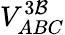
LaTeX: V_{ABC}^{3\mathcal{B}}